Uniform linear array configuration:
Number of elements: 32
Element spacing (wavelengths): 0.25
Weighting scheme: hann
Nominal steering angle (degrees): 45
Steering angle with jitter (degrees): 45.956
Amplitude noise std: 0.05
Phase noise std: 0.05

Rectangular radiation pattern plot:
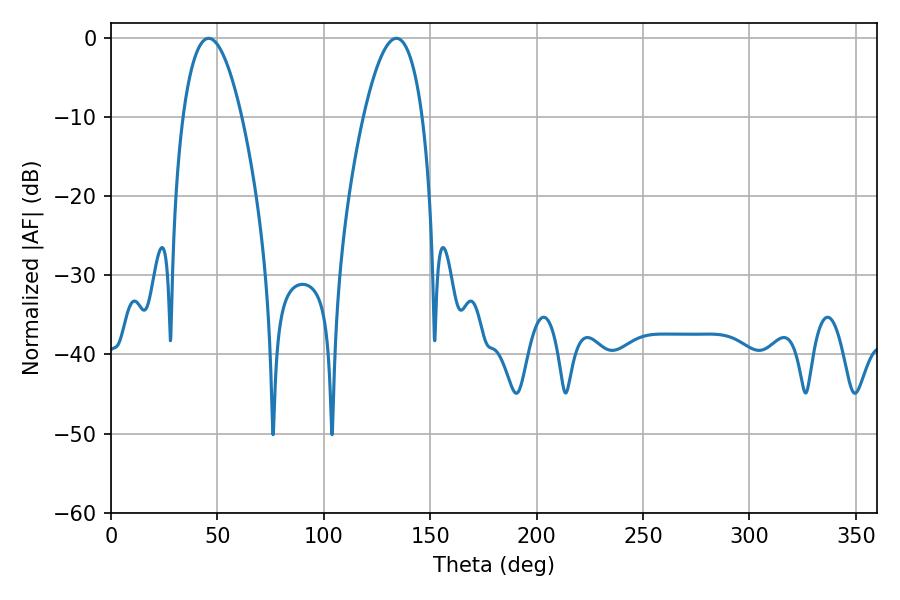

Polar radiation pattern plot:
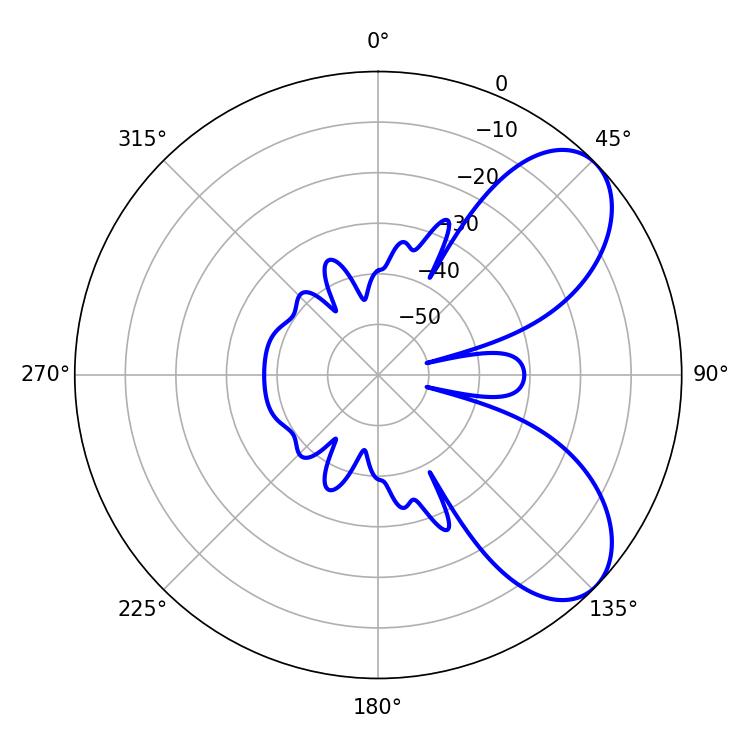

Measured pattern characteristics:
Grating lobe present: FALSE
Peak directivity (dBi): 6.849
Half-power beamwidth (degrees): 15.12
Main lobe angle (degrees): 45.9